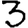
Digit: 3